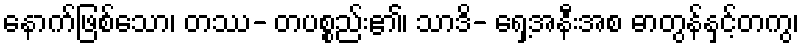
နောက်ဖြစ်သော၊ တဿ- တပစ္စည်း၏၊ သာဒိ- ရှေ့အနီးအစ ဓာတွန်နှင့်တကွ၊